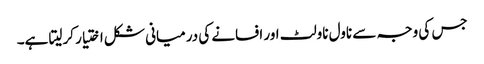
جس کی وجہ سے ناول ناولٹ اور افسانے کی درمیانی شکل اختیار کرلیتا ہے۔